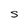
Character: S